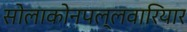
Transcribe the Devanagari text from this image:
सोलाकोनपल्लवारियार